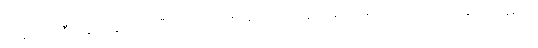
ကျွန်တော့် ဦးနှောက်နဲ့ ဉာဏ် မီသလောက် စဉ်းစားကြည့်မိတာတော့ စက်ရုံ အလုပ်ရုံတွေဟာ အဓိက